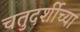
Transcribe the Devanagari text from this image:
चतुदर्शीच्या